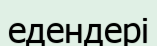
едендері